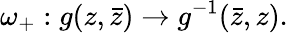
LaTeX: \omega_{+}:g(z,\bar{z})\to g^{-1}(\bar{z},z).